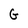
Character: G